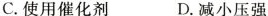
C.使用催化剂 D.减小压强